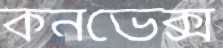
কনভেক্স